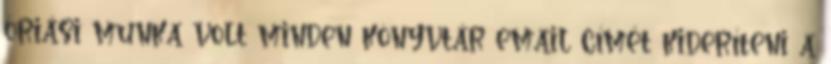
óriási munka volt minden könyvtár email címét kideríteni a